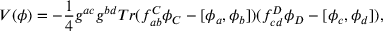
V ( \phi ) = - \frac { 1 } { 4 } g ^ { a c } g ^ { b d } T r ( f _ { a b } ^ { C } \phi _ { C } - [ \phi _ { a } , \phi _ { b } ] ) ( f _ { c d } ^ { D } \phi _ { D } - [ \phi _ { c } , \phi _ { d } ] ) ,